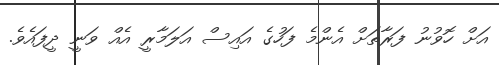
އަށް ހޮވުނު ފަރާތަށް އެންމެ ފަހުގެ އައިސް އަލަމާރީ އެއް ވަނީ ދީފައެވެ.